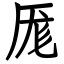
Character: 厖